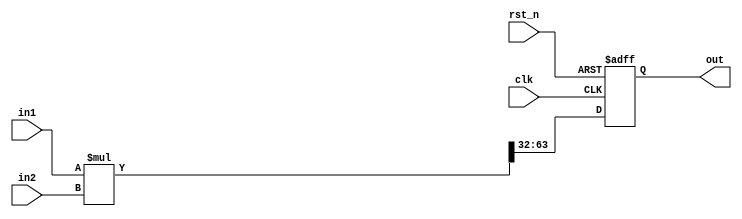
module mul_shift32(
input rst_n,
input clk,
input signed [31:0] in1,
input signed [31:0] in2,
output reg [31:0] out
);

wire signed [63:0] mul_res = in1 * in2;

always @(negedge rst_n or posedge clk)
  if (~rst_n)
    out <= 32'h0;
  else
    out <= mul_res[63:32];

endmodule